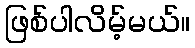
ဖြစ်ပါလိမ့်မယ်။